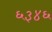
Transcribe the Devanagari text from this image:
६३४६